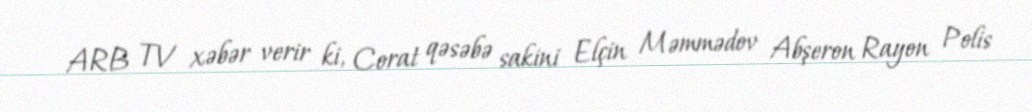
ARB TV xəbər verir ki, Corat qəsəbə sakini Elçin Məmmədov Abşeron Rayon Polis